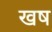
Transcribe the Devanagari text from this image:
खष